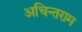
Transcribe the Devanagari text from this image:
अचिन्तराम